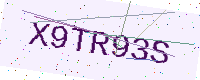
Text: X9TR93S